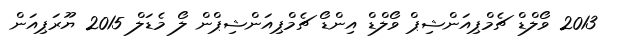
2013 ވޯލްޑް ޗެމްޕިއަންޝިޕް ވޯލްޑް އިންޑޯ ޗެމްޕިއަންޝިޕްން ލޯ މެޑަލް 2015 ޔޫރަޕިއަން